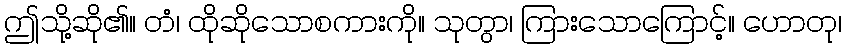
ဤသို့ဆို၏။ တံ၊ ထိုဆိုသောစကားကို။ သုတွာ၊ ကြားသောကြောင့်။ ဟောတု၊